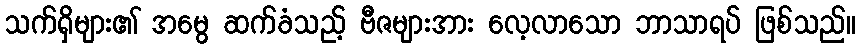
သက်ရှိများ၏ အမွေ ဆက်ခံသည့် ဗီဇများအား လေ့လာသော ဘာသာရပ် ဖြစ်သည်။